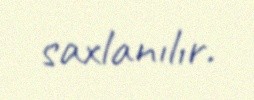
saxlanılır.